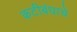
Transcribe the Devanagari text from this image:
कटीबंधाचे